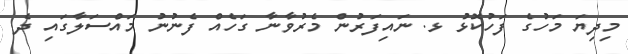
މިދިޔަ މަހުގެ ފަހުކޮޅު ޅ. ނައިފަރުން މެރުވާނާ ގަހެއް ފެނުނު މައްސަލާގައި ދެ